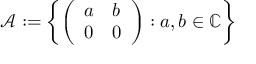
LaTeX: { \mathcal { A } } : = \left\{ { \left( \begin{array} { l l } { a } & { b } \\ { 0 } & { 0 } \end{array} \right) } : a , b \in \mathbb { C } \right\}